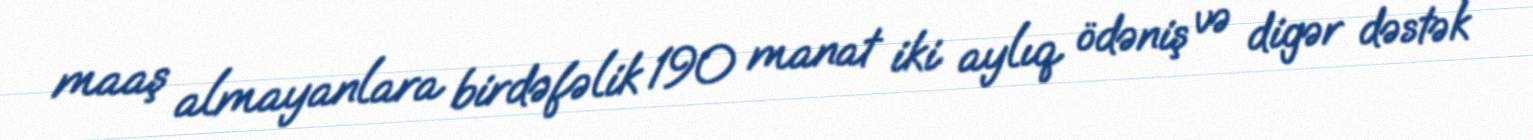
maaş almayanlara birdəfəlik 190 manat iki aylıq ödəniş və digər dəstək